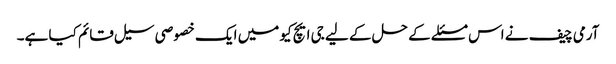
آرمی چیف نے اس مسئلے کے حل کے لیے جی ایچ کیو میں ایک خصوصی سیل قائم کیا ہے۔